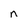
Character: n